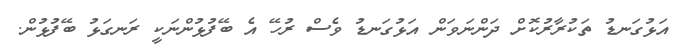
އަޅުގަނޑު ތަކުރާރުކޮށް ދަންނަވަން އަޅުގަނޑު ވެސް ރުހޭ އެ ބޭފުޅުންނަކީ ރަނގަޅު ބޭފުޅުން.